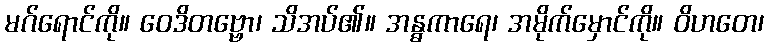
မဂ်ရောင်ကို။ ဝေဒိတဗ္ဗော၊ သိအပ်၏။ အန္ဓကာရေ၊ အမိုက်မှောင်ကို။ ဝိဟတေ၊